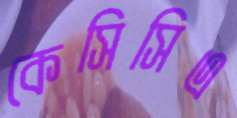
কেসিসিএ